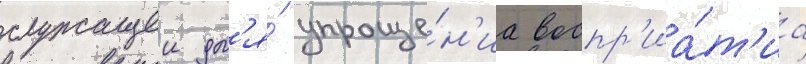
служащеи дл'я́ упроще́н'иа воспр'иа́т'иа